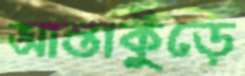
আস্তাকুঁড়ে